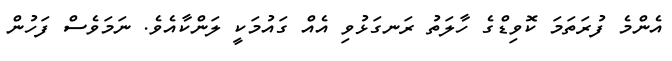
އެންމެ ފުރަތަމަ ކޮވިޑްގެ ހާލަތު ރަނގަޅުވި އެއް ގައުމަކީ ލަންކާއެވެ. ނަމަވެސް ފަހުން